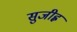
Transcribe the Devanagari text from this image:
सुजीह्व